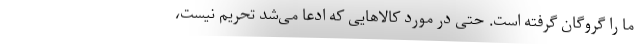
ما را گروگان گرفته است. حتی در مورد کالاهایی که ادعا می‌شد تحریم نیست،